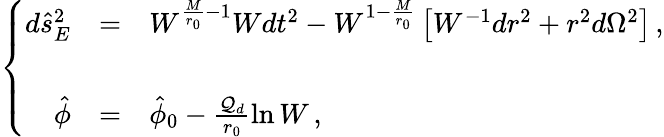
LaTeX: \left\{ \begin{array}{rcl}{{d\hat{s}_{E}^{2}}}&{{=}}&{{W^{\frac{M}{r_{0}}-1}Wdt^{2}-W^{1-\frac{M}{r_{0}}}\left[W^{-1}dr^{2}+r^{2}d\Omega^{2}\right]\, ,}}\\ {{}}&{{}}&{{}}\\ {{\hat{\phi}}}&{{=}}&{{\hat{\phi}_{0}-\frac{{\cal Q}_{d}}{r_{0}}\ln W\, ,}}\end{array}\right.